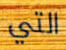
التي